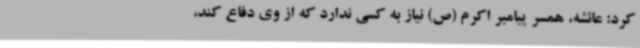
کرد: عائشه، همسر پیامبر اکرم (ص) نیاز به کسی ندارد که از وی دفاع کند،